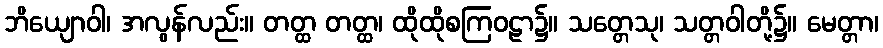
ဘိယျောဝါ၊ အလွန်လည်း။ တတ္ထ တတ္ထ၊ ထိုထိုစကြဝဠာ၌။ သတ္တေသု၊ သတ္တဝါတို့၌။ မေတ္တာ၊